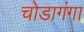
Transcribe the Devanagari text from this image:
चोडागंगा